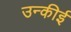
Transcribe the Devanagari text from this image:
उन्कीई